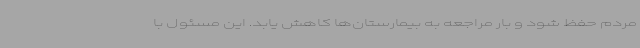
مردم حفظ شود و بار مراجعه به بیمارستان‌ها کاهش یابد. این مسئول با